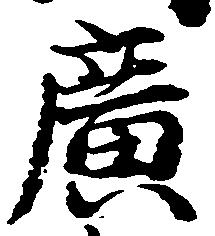
広